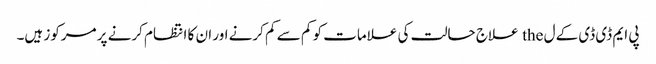
پی ایم ڈی ڈی کے ل the علاج حالت کی علامات کو کم سے کم کرنے اور ان کا انتظام کرنے پر مرکوز ہیں۔